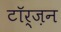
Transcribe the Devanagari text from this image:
टॉर्ज़न